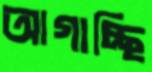
আগাচ্ছি